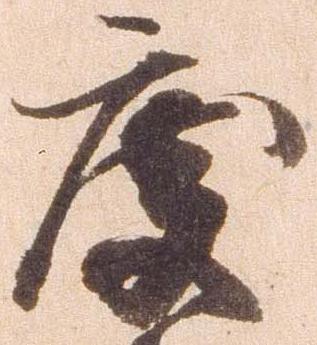
度